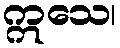
ဣသေ၊